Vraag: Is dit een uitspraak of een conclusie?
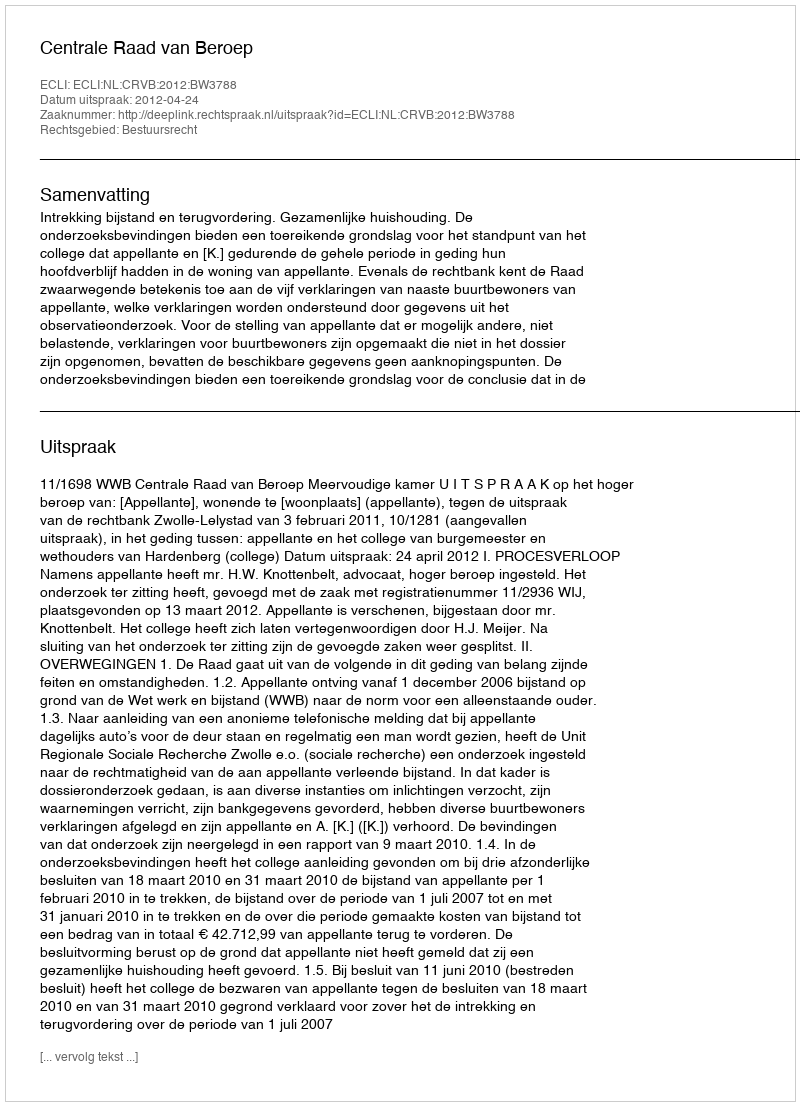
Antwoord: Uitspraak